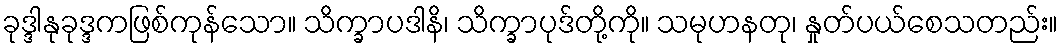
ခုဒ္ဒါနုခုဒ္ဒကဖြစ်ကုန်သော။ သိက္ခာပဒါနိ၊ သိက္ခာပုဒ်တို့ကို။ သမုဟနတု၊ နှုတ်ပယ်စေသတည်း။